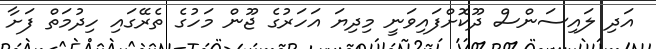
އަދި ލައިސަންސް ދޫކޮށްފައިވަނީ މިދިޔަ އަހަރުގެ ޖޫން މަހުގެ ތެރޭގައި ހިދުމަތް ފަށާ